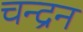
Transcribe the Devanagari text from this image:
चन्‍द्रन